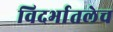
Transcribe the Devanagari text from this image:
विदर्भातलेच